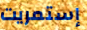
إستمريت